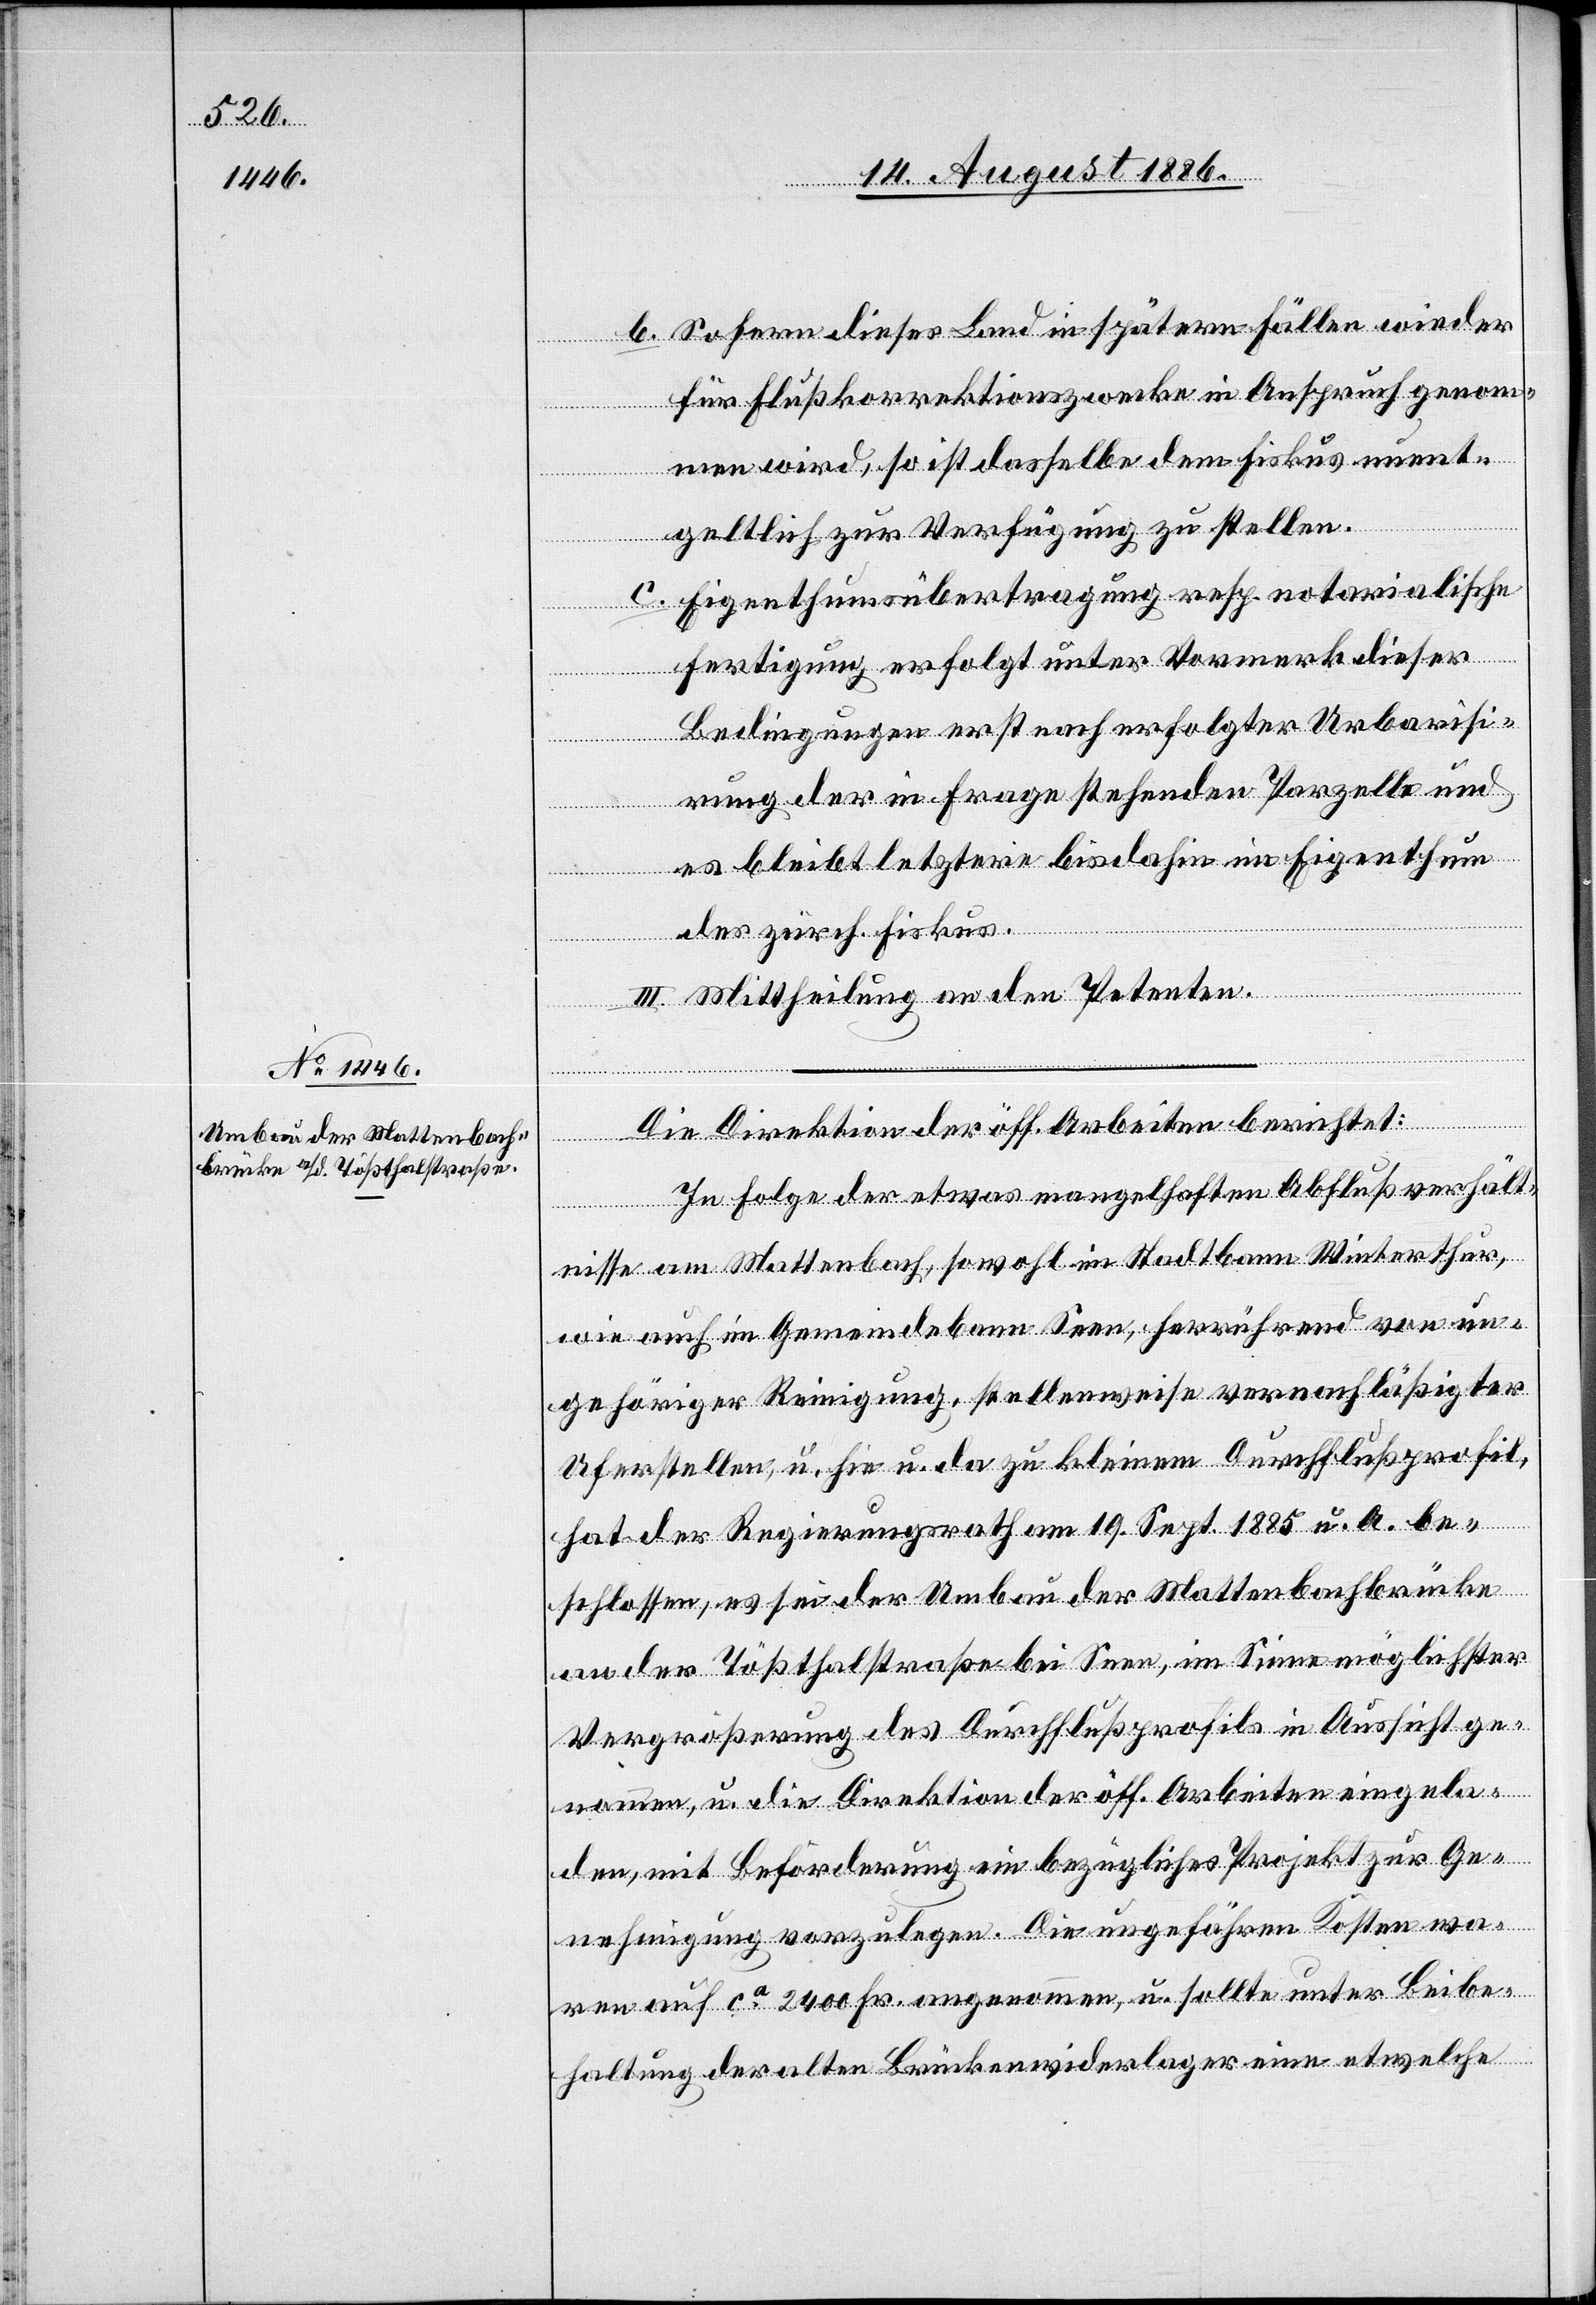
b. Sofern dieses Land in spätern Fällen wieder
für Flußkorrektionszwecke in Anspruch genom¬
men wird, so ist dasselbe dem Fiskus unent¬
geltlich zur Verfügung zu stellen.
c. Eigenthumsübertragung resp. notarialische
Fertigung erfolgt unter Vormerk dieser
Bedingungen erst nach erfolgter Urbarisi¬
rung der in Frage stehenden Parzelle und
es bleibt letztere bis dahin im Eigenthum
des zürch. Fiskus.
III. Mittheilung an den Petenten.
Die Direktion der öff. Arbeiten berichtet:
In Folge der etwas mangelhaften Abflußverhält¬
nisse am Mattenbach, sowohl im Stadtbann Winterthur,
wie auch im Gemeindebann Seen, herrührend von un¬
gehöriger Reinigung, stellenweise vernachläßigter
Uferstellen, u. hie u. da zu kleinem Durchflußprofil,
hat der Regierungsrath am 19. Sept. 1885 u. A. be¬
schlossen, es sei der Umbau der Mattenbachbrücke
an der Tößthalstraße bei Seen, im Sinne möglichster
Vergrößerung des Durchflußprofils in Aussicht ge¬
nommen, u. die Direktion der öff. Arbeiten eingela¬
den, mit Beförderung ein bezügliches Projekt zur Ge¬
nehmigung vorzulegen. Die ungefähren Kosten wa¬
ren auf ca 2400 Fr. angenommen, u. sollte unter Beibe¬
haltung der alten Brückenwiderlager eine etwelche